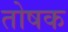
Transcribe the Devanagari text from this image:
तोषक